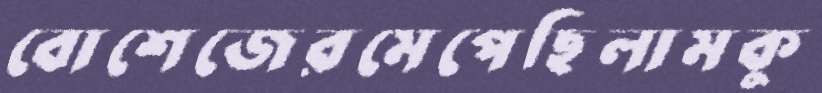
বোশেজেরমেপেছিলামকু